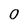
Character: O